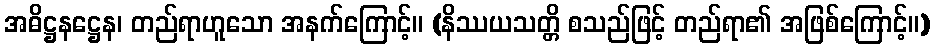
အဓိဋ္ဌနဋ္ဌေန၊ တည်ရာဟူသော အနက်ကြောင့်။ (နိဿယသတ္တိ စသည်ဖြင့် တည်ရာ၏ အဖြစ်ကြောင့်။)